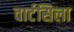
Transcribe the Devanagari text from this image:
वार्टसिला